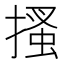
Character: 搔